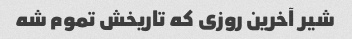
شیر آخرین روزی که تاریخش تموم شه